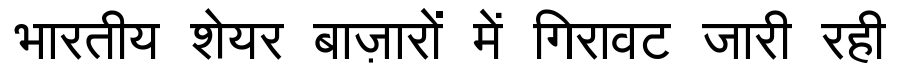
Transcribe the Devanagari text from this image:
भारतीय शेयर बाज़ारों में गिरावट जारी रही